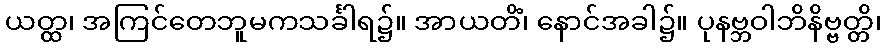
ယတ္ထ၊ အကြင်တေဘူမကသင်္ခါရ၌။ အာယတိံ၊ နောင်အခါ၌။ ပုနဗ္ဘဝါဘိနိဗ္ဗတ္တိ၊